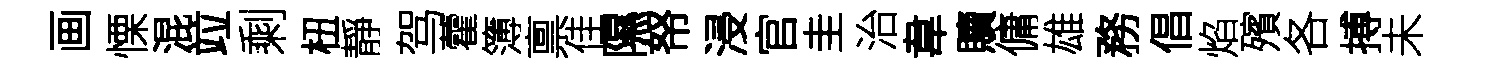
画慄混竝剩杻靜驾藿簿禀佳隰帑浸官圭治韋贖傭雄務倡焰殯各搏未